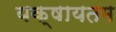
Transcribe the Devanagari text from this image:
यक्षायतम